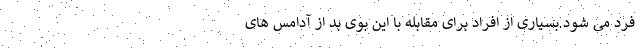
فرد می شود.بسیاری از افراد برای مقابله با این بوی بد از آدامس های